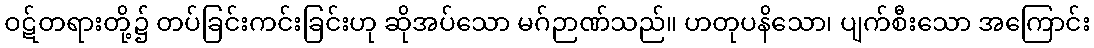
ဝဋ်တရားတို့၌ တပ်ခြင်းကင်းခြင်းဟု ဆိုအပ်သော မဂ်ဉာဏ်သည်။ ဟတုပနိသော၊ ပျက်စီးသော အကြောင်း